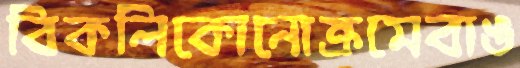
বিকলিকোনোক্রমেবাঙ